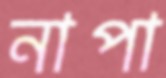
নাপা